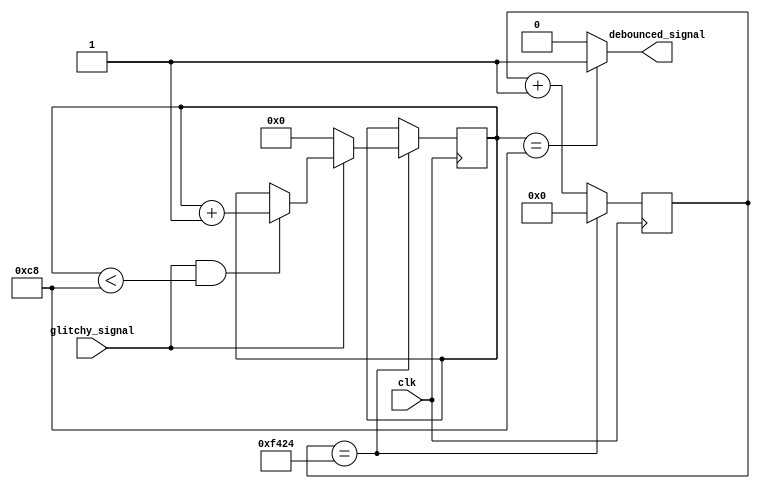
module debouncer #(
    parameter WIDTH              = 1,
    parameter SAMPLE_CNT_MAX     = 62500,
    parameter PULSE_CNT_MAX      = 200,
    parameter WRAPPING_CNT_WIDTH = $clog2(SAMPLE_CNT_MAX),
    parameter SAT_CNT_WIDTH      = $clog2(PULSE_CNT_MAX) + 1
) (
    input clk,
    input [WIDTH-1:0] glitchy_signal,
    output [WIDTH-1:0] debounced_signal
);
    // TODO: fill in neccesary logic to implement the wrapping counter and the saturating counters
    // Some initial code has been provided to you, but feel free to change it however you like
    // One wrapping counter is required, one saturating counter is needed for each bit of glitchy_signal
    // You need to think of the conditions for reseting, clock enable, etc. those registers
    // Refer to the block diagram in the spec
    reg [WRAPPING_CNT_WIDTH-1: 0] wrapping_cnt;
    reg [SAT_CNT_WIDTH-1:0] saturating_counter [WIDTH-1:0];
    integer i;
    initial begin
        wrapping_cnt = 0;
        for(i = 0; i < WIDTH; i = i + 1) begin
            saturating_counter[i] = 0;
        end
    end
    always @(posedge clk) begin
        wrapping_cnt <= wrapping_cnt + 1;
        if (wrapping_cnt == SAMPLE_CNT_MAX) begin
            for (i = 0; i < WIDTH; i = i + 1) begin
                if (glitchy_signal[i] == 1 && saturating_counter[i] < PULSE_CNT_MAX) begin
                    saturating_counter[i] <= saturating_counter[i] + 1;
                end
                if (glitchy_signal[i] == 0) begin
                    saturating_counter[i] <= 0;
                end
            end
            wrapping_cnt <= 0;
        end
        
    end
    genvar j;
    for (j = 0; j < WIDTH; j = j + 1) begin
        assign debounced_signal[j] = saturating_counter[j] == PULSE_CNT_MAX ? 1'b1 : 1'b0;
    end

    // Remove this line once you have created your debouncer
    //assign debounced_signal = 0;
    
endmodule